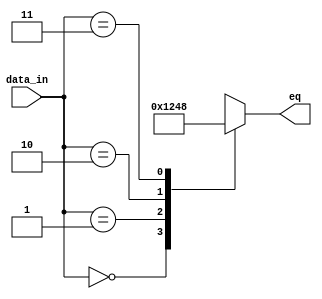
module ast_2to4_dec (data_in, eq);

input [1:0] data_in;
output reg	[3:0] eq;

always @ (data_in)
	case (data_in)
		2'b00: eq = 4'b0001;
		2'b01: eq = 4'b0010;
		2'b10: eq = 4'b0100;
		2'b11: eq = 4'b1000;
		default: eq = 4'b0000;
	endcase
endmodule